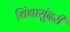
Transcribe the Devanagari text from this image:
बिंबासुंदरी